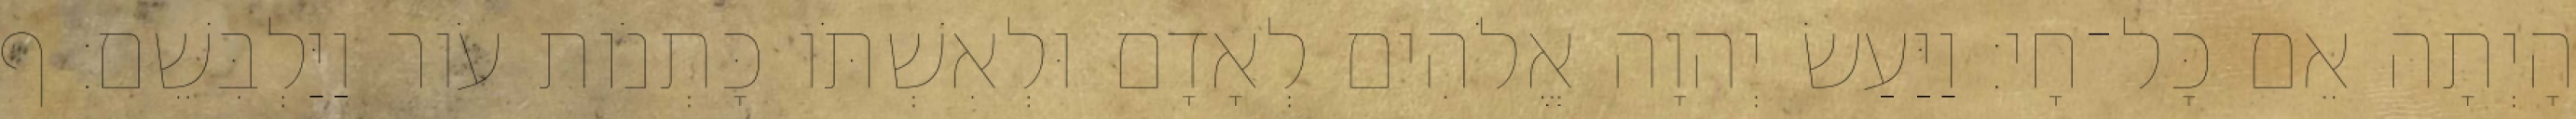
הָיְתָה אֵם כָּל־חָי׃ וַיַּעַשׂ יְהוָה אֱלֹהִים לְאָדָם וּלְאִשְׁתֹּו כָּתְנֹות עֹור וַיַּלְבִּשֵׁם׃ ף